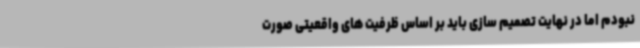
نبودم اما در نهایت تصمیم سازی باید بر اساس ظرفیت های واقعیتی صورت